system: You are a helpful assistant.
user:
Analyze the provided spectrum to determine if it is a **Carbon Star (C-type)**.

- **Key Visual Indicators of Carbon Star:**
    - **(Primary):** Strong molecular absorption from **C₂ (diatomic carbon) "Swan Bands."** This is the **defining feature** of a carbon star.
        - **(Key Bandheads):** Sharp absorption edges are visible at approximately $5635$ Å, $5165$ Å (the strongest band), and $4737$ Å.
        - **(Line Profile):** Creates a distinct **"saw-tooth"** pattern. The key morphology is a sharp, steep bandhead on the **red (long-wavelength) side**, which then gradually tapers off (i.e., flux recovers) towards the **blue (short-wavelength) side**. *(This is the direct opposite of the TiO bands seen in M-type stars)*.

    - **(Secondary):** Intense **CN (cyanogen)** molecular absorption bands.
        - **(Key Bandheads):** Located in the blue and violet regions of the spectrum (e.g., near $4215$ Å and $3883$ Å).
        - **(Morphology):** These bands are extremely broad and act as a "blanket," absorbing the vast majority of blue and violet light. This creates a characteristic **"cliff"** or **"steep drop-off"** in the spectrum's flux at short wavelengths.

    - **(Key Confirmation):** Strong **CH absorption band (G-band)**.
        - **(Key Bandhead):** Located around $4300$ Å. The contribution from CH molecules to this band is exceptionally strong.

    - **(Overall Spectrum):**
        - The continuum is severely "chopped up" by these deep molecular bands, especially C₂, rather than appearing as a smooth curve.
        - Due to the heavy CN and C₂ absorption in the blue-green, the vast majority of the star's flux is concentrated in the red part of the spectrum, giving the star its characteristic deep red color.

Think first, call **spectral_visualization_tool** if needed to examine features in detail, then provide your final answer. Your response must adhere to the following strict rules:
1.  **Overall Structure:** Your response must follow the format `<think>...</think> <tool_call>...</tool_call> (if a tool is used) <answer>...</answer>`.
2.  **Tool Usage Constraint:** You may only make **one** tool call per turn.
3.  **Final Answer Format:** In the `<answer>` tag, your conclusion must be inside a `\boxed{}` command (e.g., `\boxed{YES}`), followed by your justification.

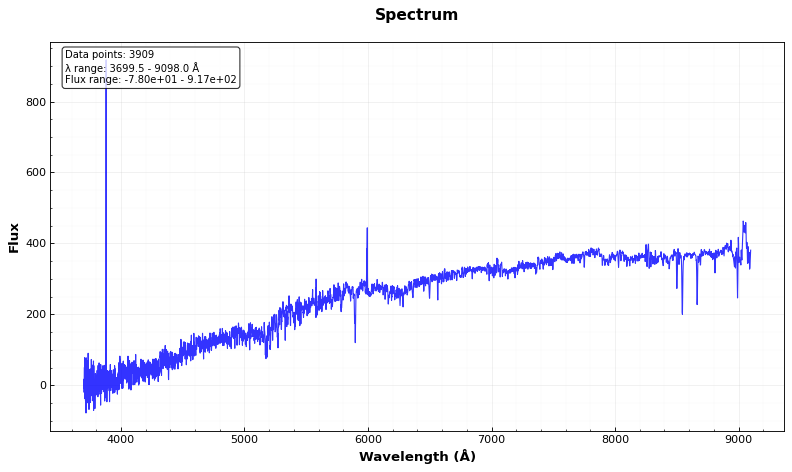
Answer: NO